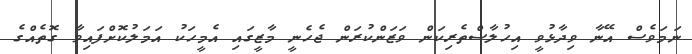
ނަމަވެސް އޭނާ ވިދާޅުވީ އިހުލާސްތެރިކަން ވަޒަންކުރަން ޖެހެނީ މާޒީގައި އެމީހަކު އަމަލުކޮށްފައިވާ ގޮތެއްގެ